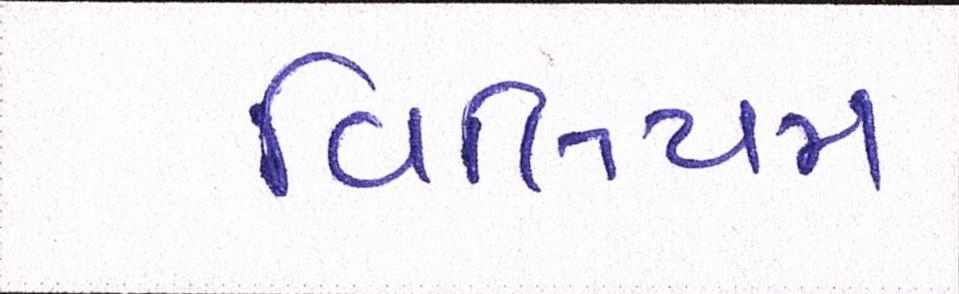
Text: વિલિયમ